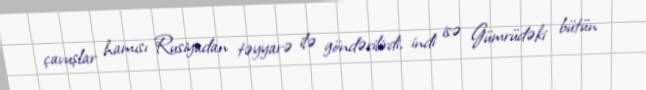
çavuşlar hamısı Rusiyadan təyyarə ilə göndərilirdi, indi isə Gümrüdəki bütün